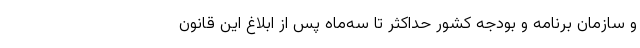
و سازمان برنامه و بودجه کشور حداکثر تا سه‌ماه پس از ابلاغ این قانون